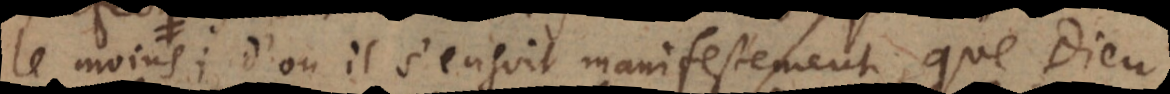
amis; d’où il s’ensuit manifestement, que Dieu